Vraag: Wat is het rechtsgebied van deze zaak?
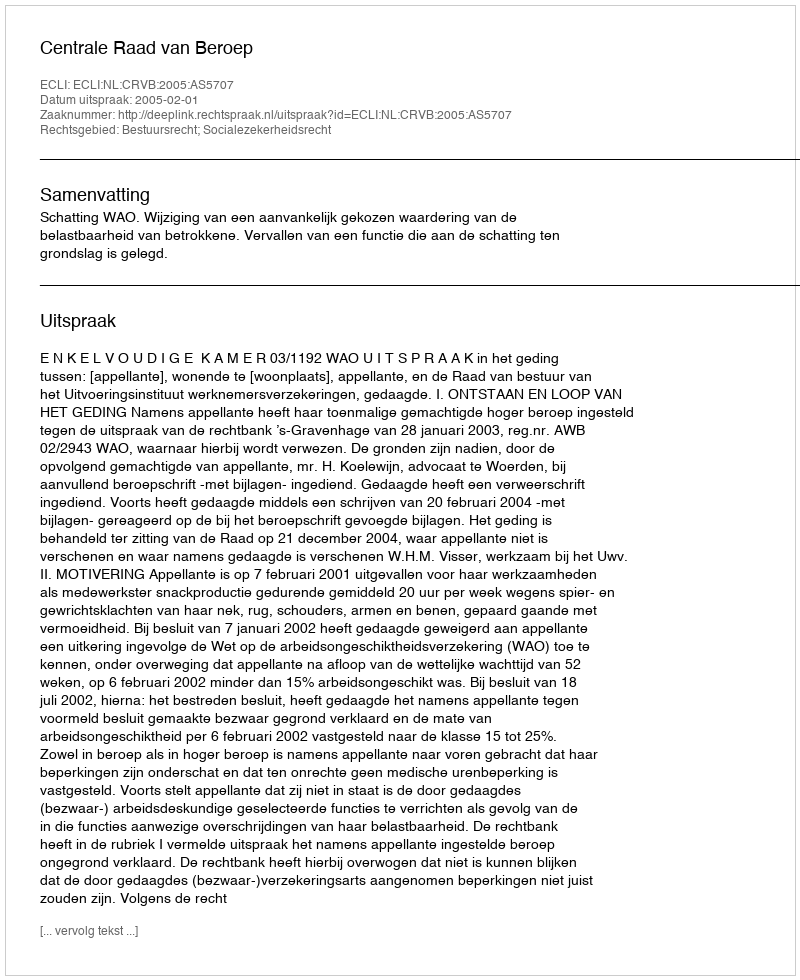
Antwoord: Bestuursrecht; Socialezekerheidsrecht